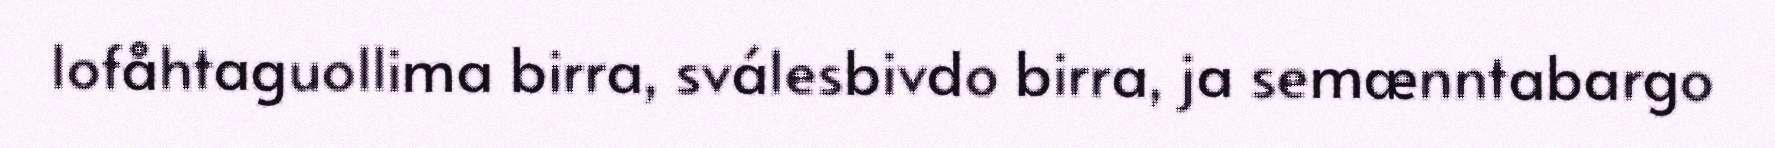
lofåhtaguollima birra, sválesbivdo birra, ja semænntabargo